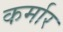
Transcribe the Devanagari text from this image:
कर्मार